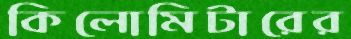
কিলোমিটারের